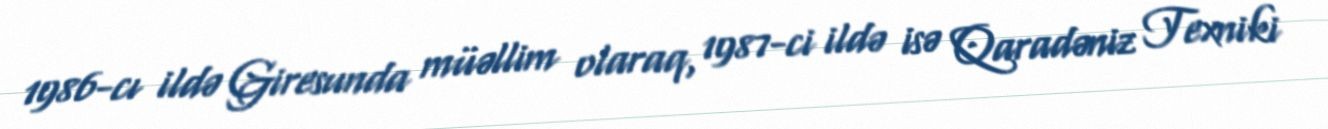
1986-cı ildə Giresunda müəllim olaraq, 1987-ci ildə isə Qaradəniz Texniki